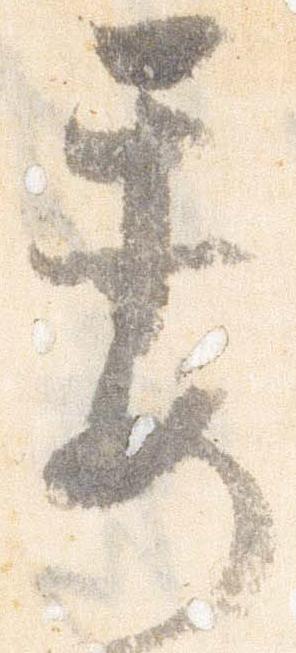
委